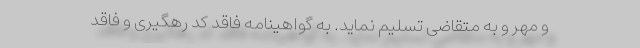
و مهر و به متقاضی تسلیم نماید. به گواهینامه فاقد کد رهگیری و فاقد